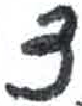
אות: צ